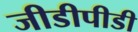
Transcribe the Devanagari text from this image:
जीडीपीडी